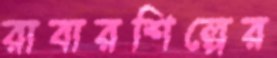
রাবারশিল্পের